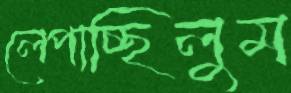
লেপাচ্ছিলুম